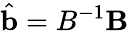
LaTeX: \hat{\mathbf{b}}=B^{-1}\mathbf{B}